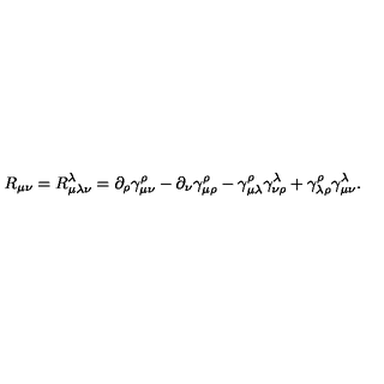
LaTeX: R _ { \mu \nu } = R _ { \mu \lambda \nu } ^ { \lambda } = \partial _ { \rho } \gamma _ { \mu \nu } ^ { \rho } - \partial _ { \nu } \gamma _ { \mu \rho } ^ { \rho } - \gamma _ { \mu \lambda } ^ { \rho } \gamma _ { \nu \rho } ^ { \lambda } + \gamma _ { \lambda \rho } ^ { \rho } \gamma _ { \mu \nu } ^ { \lambda } .